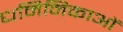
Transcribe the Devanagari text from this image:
धमिनिकाओं